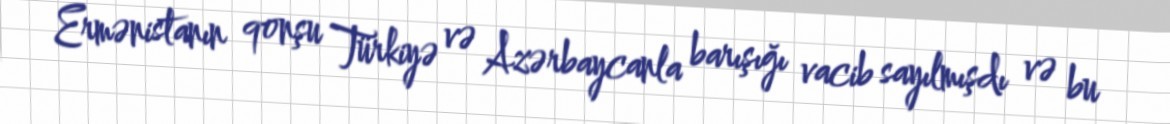
Ermənistanın qonşu Türkiyə və Azərbaycanla barışığı vacib sayılmışdı və bu